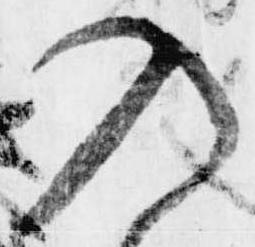
入